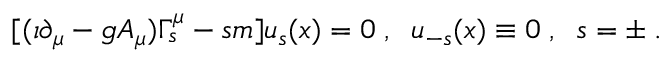
[ ( \imath \partial _ { \mu } - g A _ { \mu } ) \Gamma _ { s } ^ { \mu } - s m ] u _ { s } ( x ) = 0 \; , \; \; u _ { - s } ( x ) \equiv 0 \; , \; \; s = \pm \; .